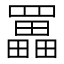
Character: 𦌵